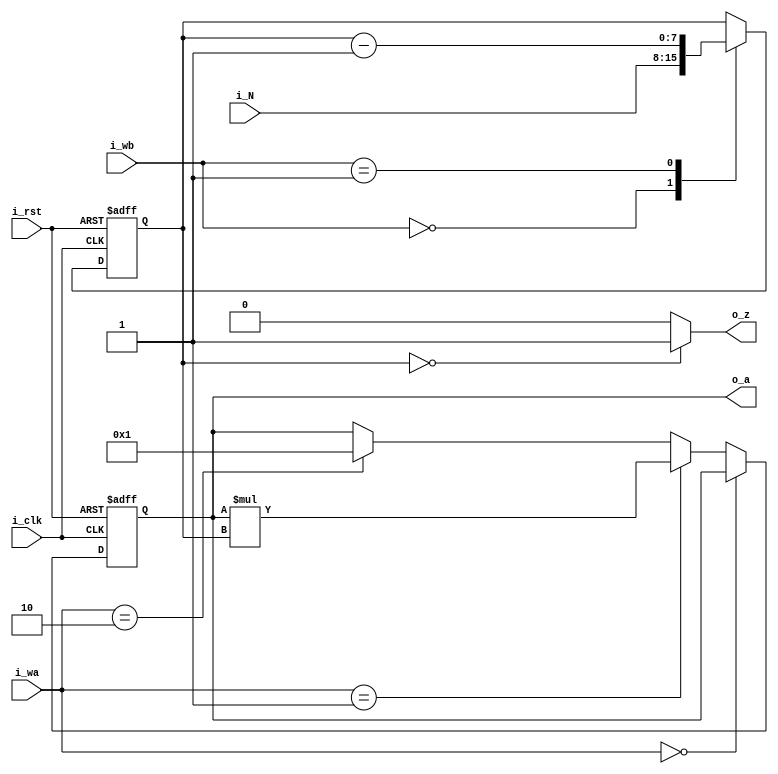
module data_bus #(parameter w=8 )
 (
    i_N , i_clk , i_rst , i_wa , i_wb , o_z , o_a
);
    input  [w-1:0] i_N ;
    input i_clk , i_rst ;
    input [1:0] i_wa,i_wb;
    output wire o_z ;
    output wire [((2*w)-1):0] o_a ;

reg [((2*w)-1):0]  A ;
reg [w-1:0] B ;

always @(posedge i_clk or negedge i_rst ) begin
    
if (!i_rst) begin
    A <= 0;
    B <= 0;
end
else
begin
  
    if (i_wa == 2'b00)
        A <= A ;
    else if (i_wa == 2'b01)
        A <= A*B ;
    else if (i_wa == 2'b10)
            A <= 1 ;        

   case (i_wb)
    2'b00: B <= i_N;
    2'b01: B <= B-1;
    2'b10: B <= B ;
    default: B <= B ;
   endcase         
end

end

assign o_z = B == 0 ? 1'b1 : 1'b0 ;
assign o_a = A ; 


endmodule